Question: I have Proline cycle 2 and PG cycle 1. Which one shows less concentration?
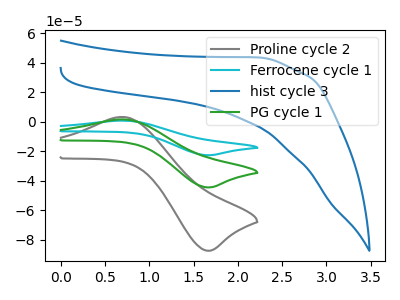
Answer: <think>The gray curve "Proline cycle 2" has an anodic peak at (0.70V, 3.35uA) and a cathodic peak at (1.65V, -87.45uA). The cyan curve "Ferrocene cycle 1" has an anodic peak at (0.70V, 3.40uA) and a cathodic peak at (1.65V, -88.95uA). The blue curve "hist cycle 3" has no peaks. The green curve "PG cycle 1" has an anodic peak at (0.70V, 1.70uA) and a cathodic peak at (1.65V, -44.50uA).
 All the peaks in "Proline cycle 2" have a peak in "PG cycle 1" at the same potential. Every peak in "Proline cycle 2" is higher than every peak in "PG cycle 1".</think>
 <answer>"Proline cycle 2" has more signal than "PG cycle 1" and so likely has a higher concentration.</answer>
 <eval>more_concentration</eval>